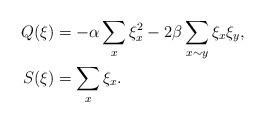
LaTeX: \begin{align*}Q(\xi)&=-\alpha\sum_{x}\xi^2_x-2\beta\sum_{x\sim y}\xi_x\xi_y,\\S(\xi)&=\sum\limits_{x}\xi_x.\end{align*}